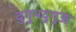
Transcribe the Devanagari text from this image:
दुगुनदुगुऊ